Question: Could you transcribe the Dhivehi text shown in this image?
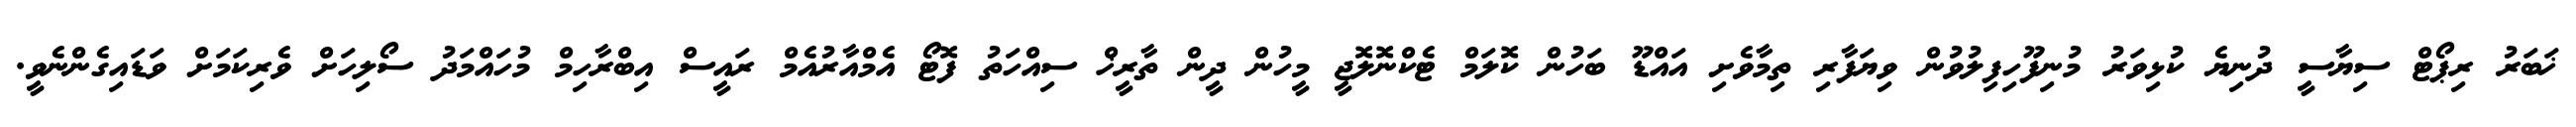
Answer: ޚަބަރު ރިޕޯޓް ސިޔާސީ ދުނިޔެ ކުޅިވަރު މުނިފޫހިފިލުވުން ވިޔަފާރި ތިމާވެށި އައްޑޫ ބަހުން ކޮލަމް ޓެކްނޮލޮޖީ މީހުން ދީން ތާރީޚް ސިއްހަތު ފޮޓޯ އެމްއާރުއެމް ރައީސް އިބްރާހިމް މުހައްމަދު ސޯލިހަށް ވެރިކަމަށް ވަޑައިގެންނެވީ.